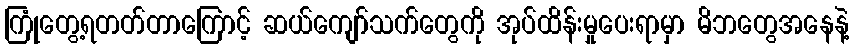
ကြုံတွေ့ရတတ်တာကြောင့် ဆယ်ကျော်သက်တွေကို အုပ်ထိန်းမှုပေးရာမှာ မိဘတွေအနေနဲ့